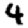
Digit: 4